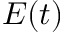
E ( t )